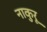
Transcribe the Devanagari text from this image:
नाकुरू